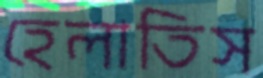
হেলাতিস